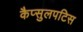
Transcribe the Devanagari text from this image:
कैप्सुलपटिस